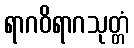
ရာဂဝိရာဂသုတ္တံ